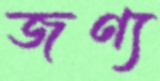
জণ্য